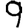
Digit: 9